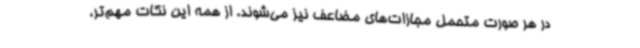
در هر صورت متحمل مجازات‌های مضاعف نیز می‌شوند. از همه این نکات مهم‌تر،